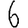
Digit: 6